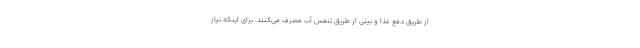
از طریق دفع غذا و بینی از طریق تنفس آب مصرف می‌کنند. برای اینکه نیاز